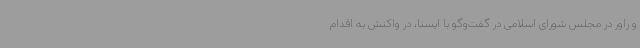
و راور در مجلس شورای اسلامی در گفت‌وگو با ایسنا، در واکنش به اقدام